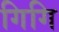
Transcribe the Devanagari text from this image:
गिगि